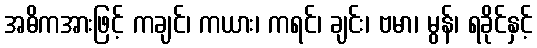
အဓိကအားဖြင့် ကချင်၊ ကယား၊ ကရင်၊ ချင်း၊ ဗမာ၊ မွန်၊ ရခိုင်နှင့်